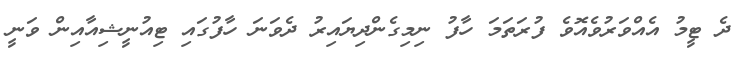
ދެ ޓީމު އެއްވަރުވެއޮވެ ފުރަތަމަ ހާފު ނިމިގެންދިޔައިރު ދެވަނަ ހާފުގައި ޓިއުނީޝިއާއިން ވަނީ